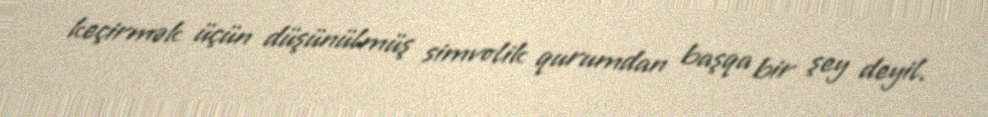
keçirmək üçün düşünülmüş simvolik qurumdan başqa bir şey deyil.